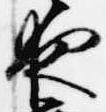
夜